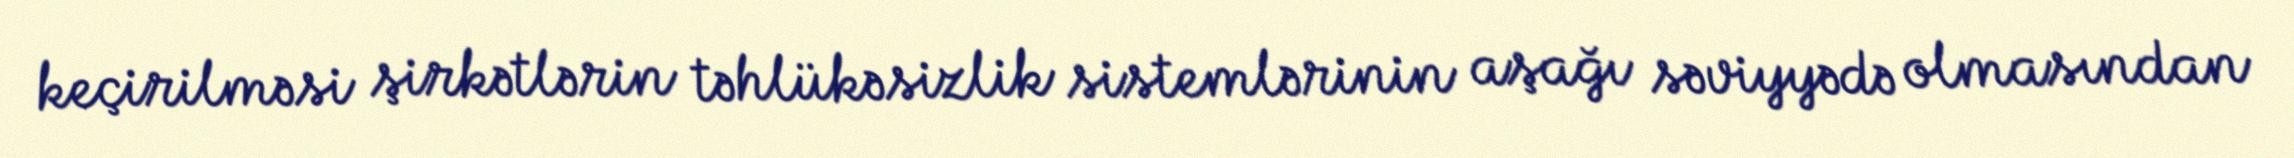
keçirilməsi şirkətlərin təhlükəsizlik sistemlərinin aşağı səviyyədə olmasından